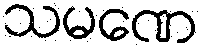
သမဏေ